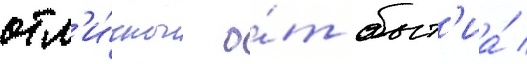
отл'и́чны о́т быт'иа́ /